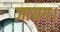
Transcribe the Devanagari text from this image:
जायग।